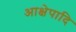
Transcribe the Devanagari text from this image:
आक्षेपादि